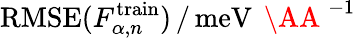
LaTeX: \mathrm{RMSE}(F_{\alpha,n}^{\mathrm{train}})\, /\, \mathrm{meV}\, \mathrm{~\AA~}^{-1}